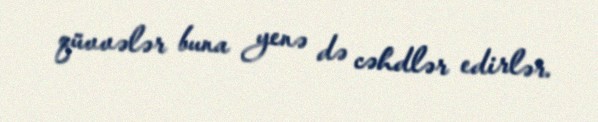
qüvvələr buna yenə də cəhdlər edirlər.